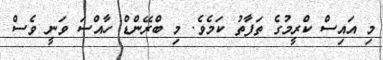
މި އައިސް ކްރީމުގެ ތަފާތު ކަމެވެ. މި ބްރޭންޑް ހާއްސަ ވަނީ ވެސް